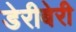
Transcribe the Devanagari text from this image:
डेरीबेरी